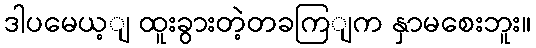
ဒါပမေယ့ျ ထူးခွားတဲ့တခကြျက နှာမစေးဘူး။